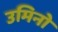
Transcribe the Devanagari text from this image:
उमिनो